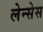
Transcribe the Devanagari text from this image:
लेन्सेस